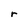
Character: r